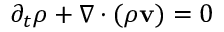
\partial _ { t } \rho + \nabla \cdot ( \rho { \mathbf { v } } ) = 0